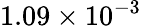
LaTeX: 1.09\times 10^{-3}